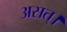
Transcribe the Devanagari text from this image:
असत्।